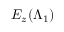
E _ { z } ( \boldsymbol { \Lambda } _ { 1 } )